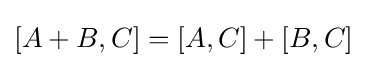
[A+B,C]=[A,C]+[B,C]